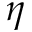
\eta